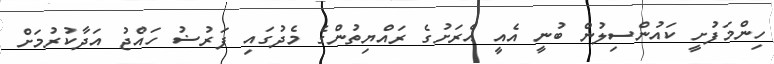
ހިންމަފުށީ ކައުންސިލުން ބުނީ އެއީ އެރަށުގެ ރައްޔިތުންގެ މެދުގައި ފަރުޟު ހައްޖު އަދާކުރުމަށް